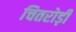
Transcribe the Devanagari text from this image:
चितरोड़ी